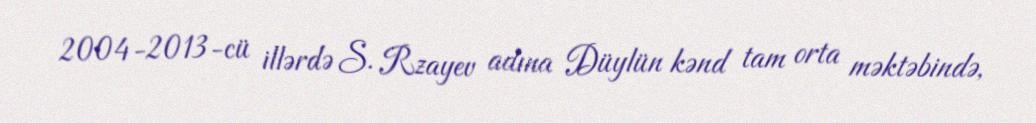
2004-2013-cü illərdə S. Rzayev adına Düylün kənd tam orta məktəbində,